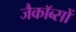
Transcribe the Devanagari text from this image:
जैकॉब्सों